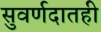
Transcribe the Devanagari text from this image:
सुवर्णदातही